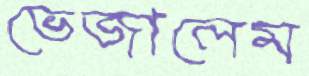
ভেজালেম